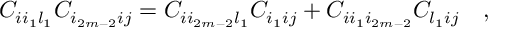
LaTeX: C _ { i i _ { 1 } l _ { 1 } } C _ { i _ { 2 m - 2 } i j } = C _ { i i _ { 2 m - 2 } l _ { 1 } } C _ { i _ { 1 } i j } + C _ { i i _ { 1 } i _ { 2 m - 2 } } C _ { l _ { 1 } i j } \quad ,